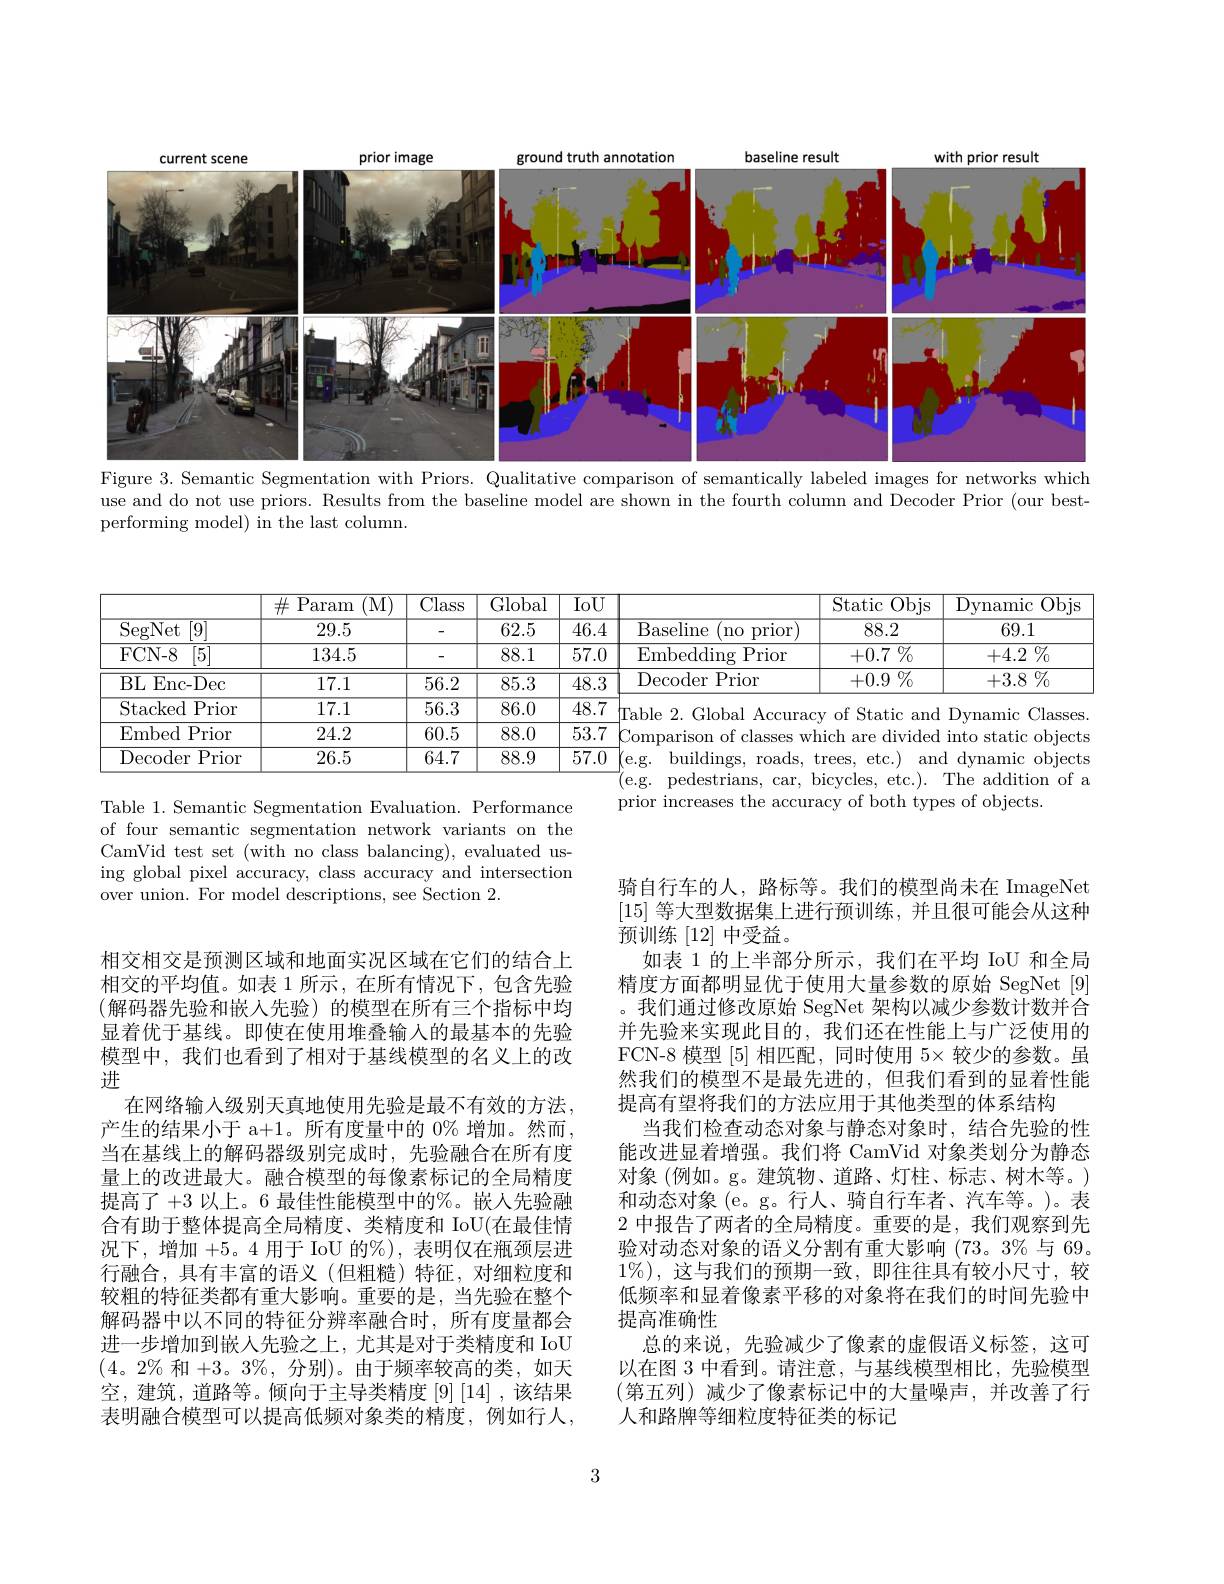
<FigureHere>
Figure 3. Semantic Segmentation with Priors. Qualitative comparison of semantically labeled images for networks which

use and do not use priors. Results from the base
performing model) in the last column.

<table>
	<tbody>
		<tr>
			<th> </th>
			<th>$\#$ P. aram $(\mathrm{M}^{\cdot}$</th>
			<th>$\overline{\mathrm{Class}}$</th>
			<th>Global</th>
			<th>$\overline{{\mathrm{IoU}}}$</th>
			<th> </th>
			<th>Static Objs</th>
			<th>${\overline{{\mathrm{Dynamic}}}}$ Objs</th>
		</tr>
		<tr>
			<td>$\operatorname{SegNet}$ [9]</td>
			<td>29.5</td>
			<td> </td>
			<td>62.5</td>
			<td>46.4</td>
			<td>Baseline no prior</td>
			<td>88.2</td>
			<td>69.1</td>
		</tr>
		<tr>
			<td>FCN- 8 $\overline{[5]}$</td>
			<td>134.5</td>
			<td>-</td>
			<td>88.1</td>
			<td>57.0</td>
			<td>Embedding Prior</td>
			<td>+0.7 $\%$</td>
			<td>$+4.2\%$</td>
		</tr>
		<tr>
			<td>$\operatorname{BL}\operatorname{Enc-Dec}$</td>
			<td>17.1</td>
			<td>56.2</td>
			<td>85.3</td>
			<td>48.3</td>
			<td>${\mathrm{Decoder~Prior}}$</td>
			<td>$+0.9\%$</td>
			<td>$+3.8\%$</td>
		</tr>
		<tr>
			<td>$\operatorname{Stacked}$ Prior </td>
			<td>17.1</td>
			<td>56.3</td>
			<td>86.0</td>
			<td>48.7</td>
			<td>Table 2. Global Accurac</td>
			<td>$of$ Static and 1</td>
			<td>Dvnamic Classes</td>
		</tr>
		<tr>
			<td>Embed Prior </td>
			<td>24.2</td>
			<td>60.5</td>
			<td>88.0</td>
			<td>53.7</td>
			<td>Comparison of classes $w]$</td>
			<td>ich are divided</td>
			<td>into static objects</td>
		</tr>
		<tr>
			<td>$\operatorname{Decoder}$ Prior</td>
			<td>26.5</td>
			<td>64.7</td>
			<td>88.9</td>
			<td>$\overline{57.0}$</td>
			<td>$\operatorname{buildings}$, roads pedestrians, car</td>
			<td>$etc.)$ ${\mathrm{rees}}$, anc icvcles. $etc.$ ,</td>
			<td>${\mathrm{dynamic}}$ objects The addition $of$</td>
		</tr>
	</tbody>
</table>
prior increases the accuracy of both types of objects.

Table 1. Semantic Segmentation Evaluation. Perfo of four semantic segmentation network variants on the CamVid test set (with no class balancing), evaluated using global pixel accuracy, class accuracy and intersection over union. For model descriptions, see Section 2.

骑自行车的人，路标等。我们的模型尚未在 ImageNet [15]等大型数据集上进行预训练，并且很可能会从这种预训练[12] 中受益。
如表 1 的上半部分所示，我们在平均 IoU 和全局精度方面都明显优于使用大量参数的原始 SegNet [9] 。我们通过修改原始 SegNet 架构以减少参数计数并合并先验来实现此目的，我们还在性能上与广泛使用的FCN-8 模型[5]相匹配，同时使用$5\times$较少的参数。虽然我们的模型不是最先进的，但我们看到的显着性能提高有望将我们的方法应用于其他类型的体系结构
当我们检查动态对象与静态对象时，结合先验的性能改进显着增强。我们将 CamVid 对象类划分为静态对象(例如。g。建筑物、道路、灯柱、标志、树木等。) 和动态对象 (e。g。行人、骑自行车者、汽车等。)。表2中报告了两者的全局精度。重要的是，我们观察到先验对动态对象的语义分割有重大影响 (73。3% 与 69。$1\%)$,这与我们的预期一致，即往往具有较小尺寸，较低频率和显着像素平移的对象将在我们的时间先验中提高准确性
总的来说，先验减少了像素的虚假语义标签，这可以在图 3 中看到。请注意，与基线模型相比，先验模型(第五列)减少了像素标记中的大量噪声，并改善了行人和路牌等细粒度特征类的标记

相交相交是预测区域和地面实况区域在它们的结合上相交的平均值。如表 1 所示 , 在所有情况下 ,包含先验(解码器先验和嵌入先验)的模型在所有三个指标中均显着优于基线。即使在使用堆叠输入的最基本的先验模型中，我们也看到了相对于基线模型的名义上的改进
在网络输入级别天真地使用先验是最不有效的方法。产生的结果小于 a+1。所有度量中的 0% 增加。然而， 当在基线上的解码器级别完成时，先验融合在所有度量上的改进最大。融合模型的每像素标记的全局精度提高了+3以上。6 最佳性能模型中的%。嵌人先验融合有助于整体提高全局精度、类精度和 IoU(在最佳情况下，增加+5。4 用于 IoU 的%),表明仅在瓶颈层进行融合，具有丰富的语义(但粗糙)特征，对细粒度和较粗的特征类都有重大影响。重要的是，当先验在整个解码器中以不同的特征分辨率融合时，所有度量都会进一步增加到嵌人先验之上，尤其是对于类精度和 IoU $(4。2\%$和+3。$3\%$,分别)。由于频率较高的类，如天空，建筑，道路等。倾向于主导类精度[9][14],该结果表明融合模型可以提高低频对象类的精度，例如行人，

3